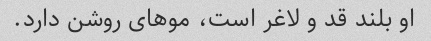
او بلند قد و لاغر است، موهای روشن دارد.